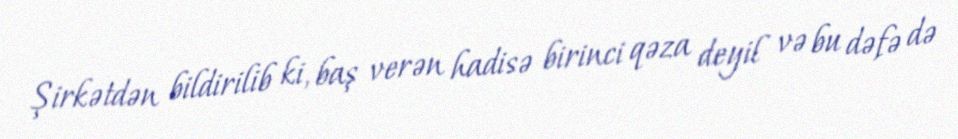
Şirkətdən bildirilib ki, baş verən hadisə birinci qəza deyil və bu dəfə də